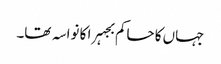
جہاں کا حاکم بجہرا کا نواسہ تھا۔